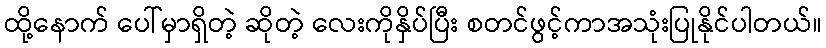
ထို့နောက် ပေါ်မှာရှိတဲ့ ဆိုတဲ့ လေးကိုနှိပ်ပြီး စတင်ဖွင့်ကာအသုံးပြုနိုင်ပါတယ်။